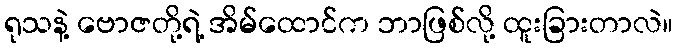
ရုသနဲ့ ဗောဇတို့ရဲ့ အိမ်ထောင်က ဘာဖြစ်လို့ ထူးခြားတာလဲ။